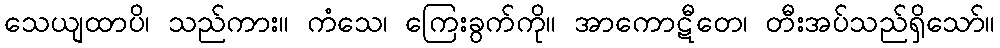
သေယျထာပိ၊ သည်ကား။ ကံသေ၊ ကြေးခွက်ကို။ အာကောဋီတေ၊ တီးအပ်သည်ရှိသော်။